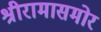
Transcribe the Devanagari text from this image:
श्रीरामासमोर